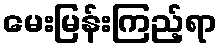
မေးမြန်းကြည့်ရာ